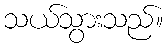
သယ်သွားသည်။